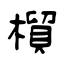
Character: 橮